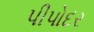
પીપોદર